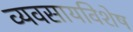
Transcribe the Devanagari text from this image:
व्यवसायविशेष